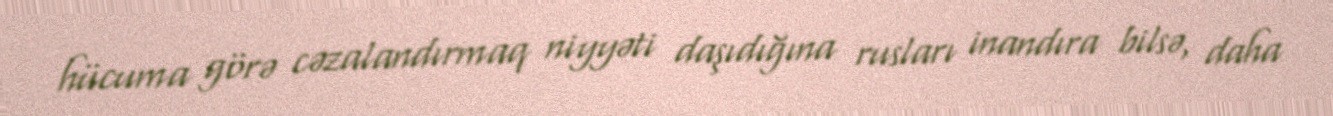
hücuma görə cəzalandırmaq niyyəti daşıdığına rusları inandıra bilsə, daha